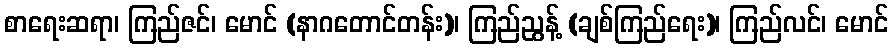
စာရေးဆရာ၊ ကြည်ဇင်၊ မောင် (နာဂတောင်တန်း)၊ ကြည်ညွန့် (ချစ်ကြည်ရေး)၊ ကြည်လင်၊ မောင်